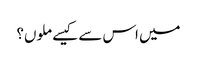
میں اس سے کیسے ملوں؟